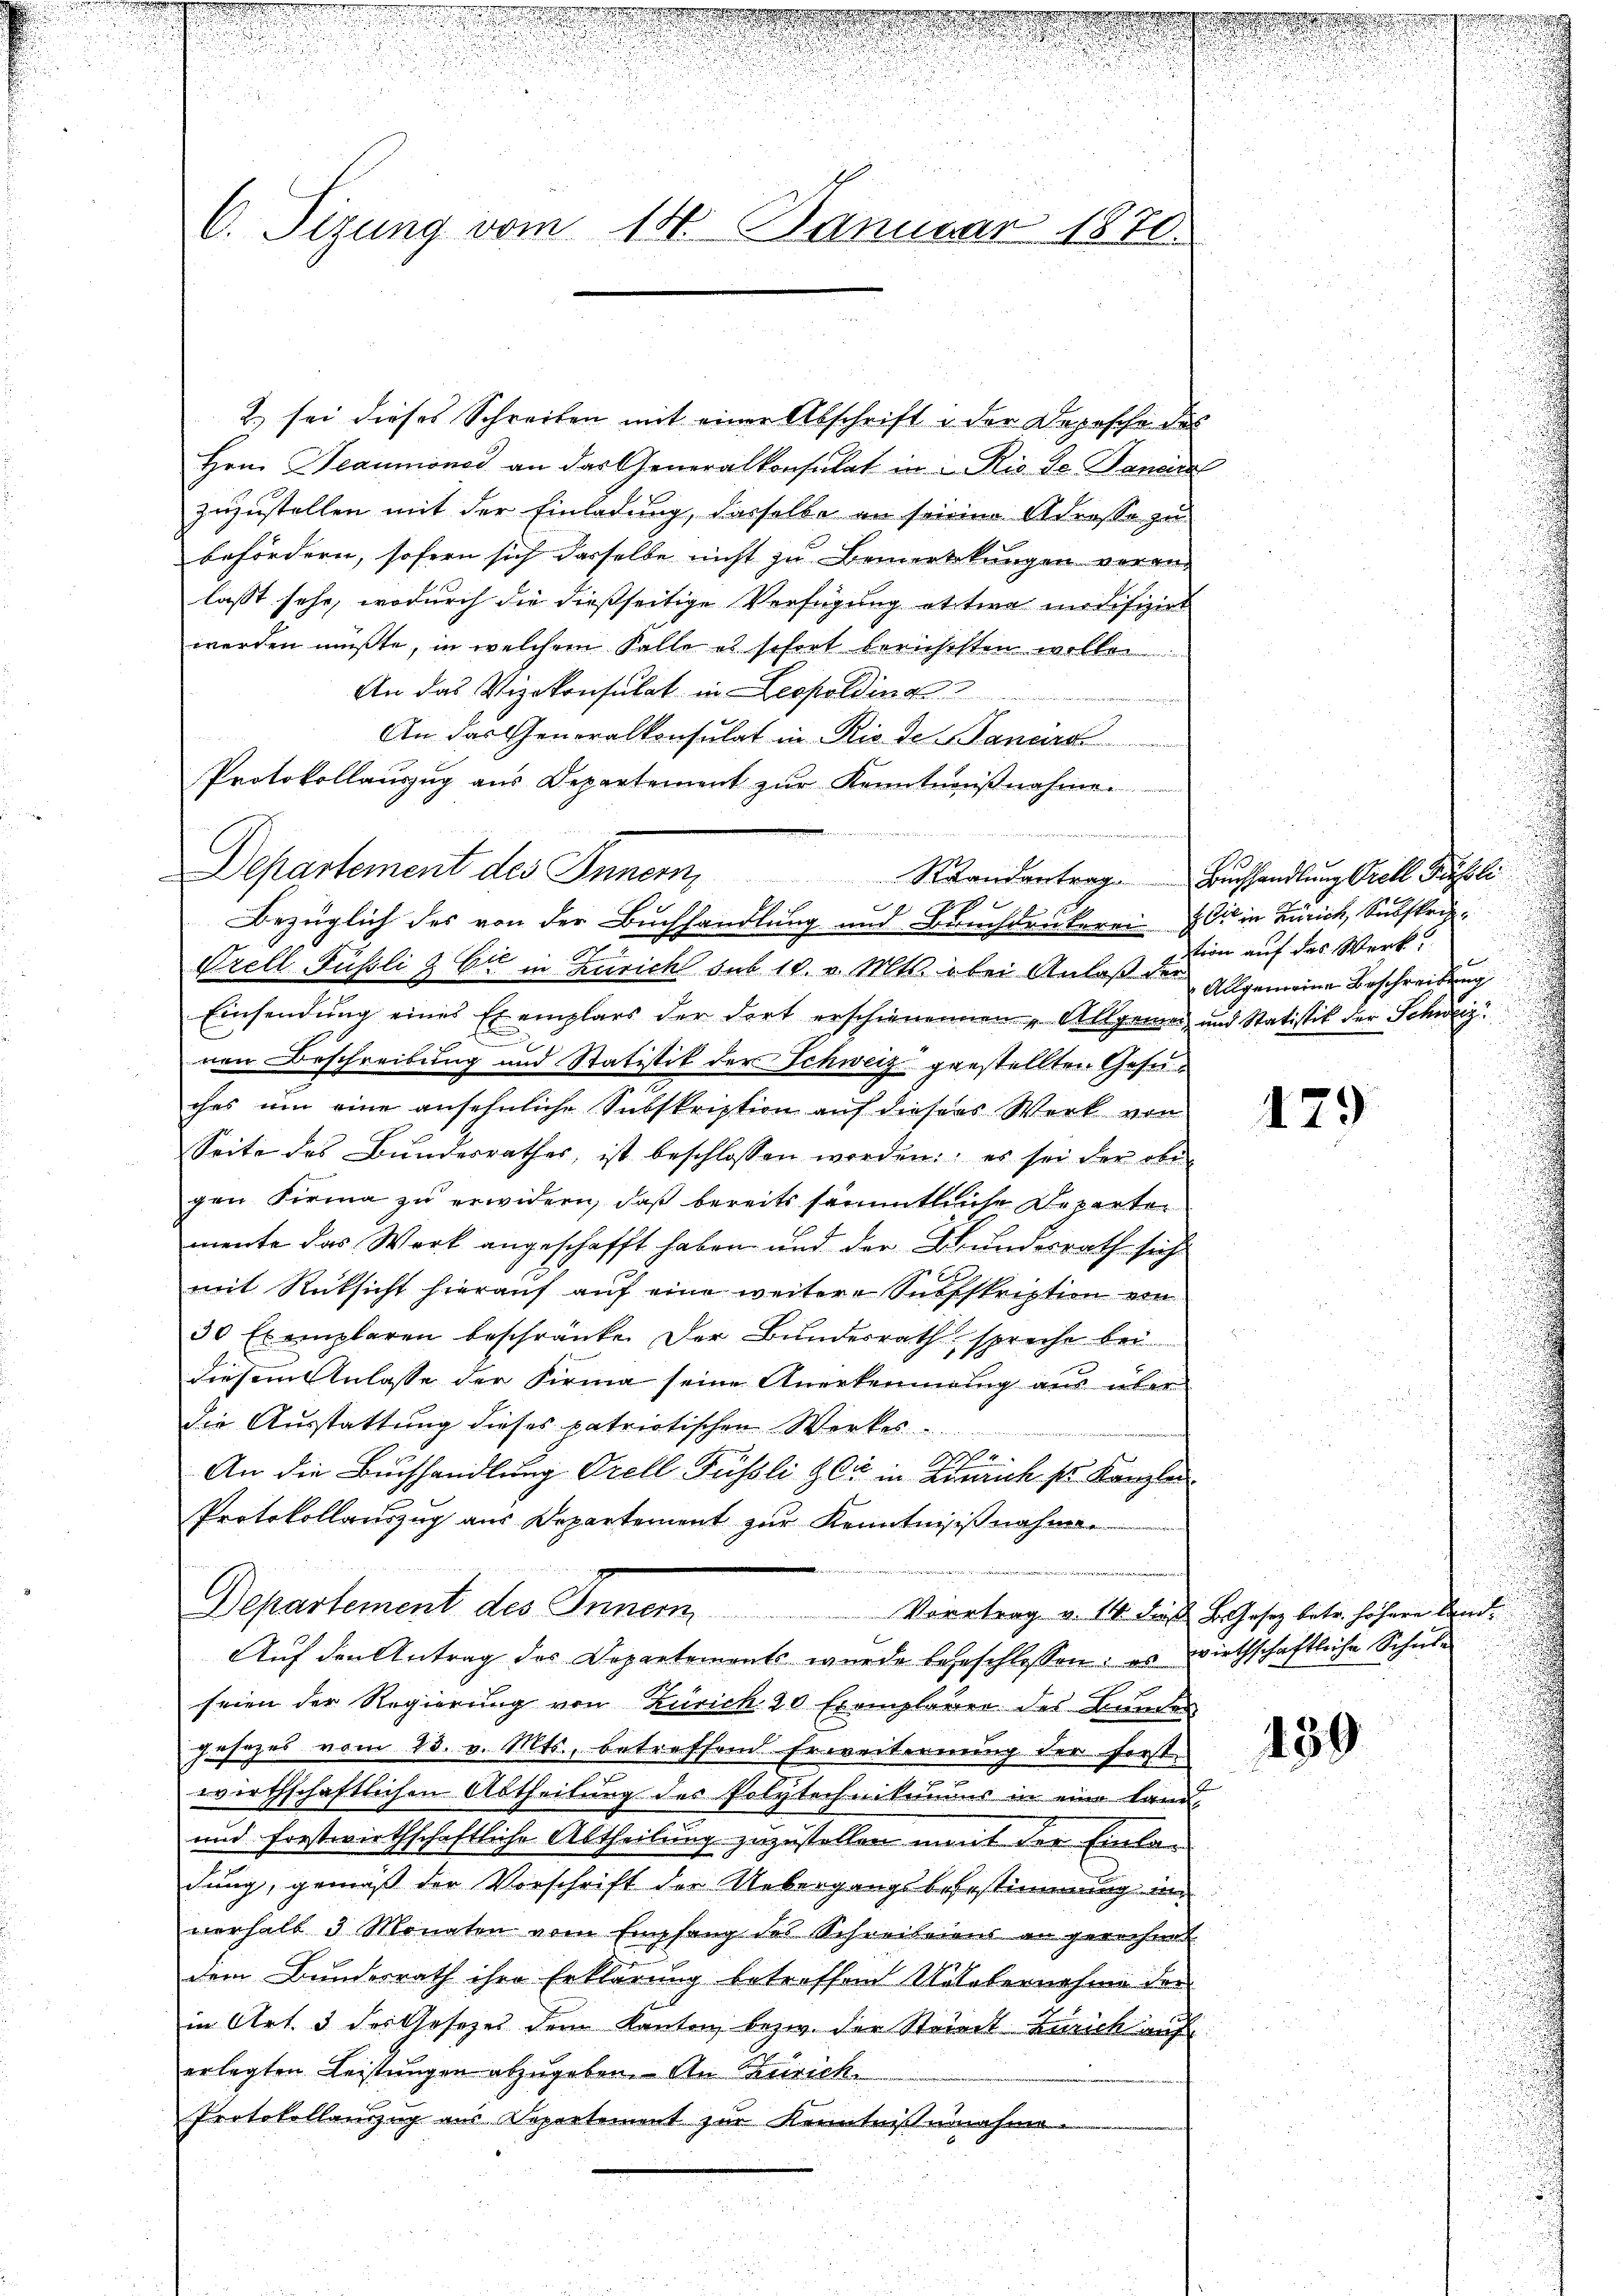
n
d
C. Sizung vom 14. Januar 1876.

An das Generalkonsulat in Rio de Bancis
Protokollauszug aus Departement zŭr Kenntniβnahme.
Departement des Innern, Standentrag. Buchhandlung Orell Sahli
9
Bezüglich des von der Buchhandlung und Buchdrukerei bis in Zürich, Subskrip

2) sei dieses Schreiben mit einer Abschrift in der Deposche des
Hrn. Beaumonas an das Generalkonsulat in 2 Rio de Janein
zuzustellen mit der Einladung, dasselbe an seinen Adresse zu
befördern, sofern sich dasselbe nicht zu Bemerkungen veranlasst sehr, wodurch die dießseitige Verfügung ettwa modifizirt
werden müßte, in welchem Falle es sofort berichsten wollen
An das Vizekonsulat in Leopolding
2
Prell Füssli & Cie in Züricht sub 10. v. Mts. bei Anlaß der Allgemeine Beschreibung
Einsendŭng eines Exemplars der dort erschienennen „Allgemein und Statistik der Schweiz
nen Beschreibung und Statistik der Schweiz gestellten Gesuches um eine ansehnliche Subskription auf diesens Werk von
Seite des Bundesrathes ist beschlossen worden; es sei der obe
gen Firma zu erwidern, daß bereits sämmtliche Reparte
mente das Werk angeschafft haben und der Bundesrath sich
mit Rücksicht hierauf auf eine weitere Subskription von
30 Exemplaren beschränke der Bunderrath spreche bei
diesem Anlasse der Firma seine Anerkennung aus über
die Ausstattung dieses patriotischen Werkes
dhe
An die Buchhandlung Orell Füssli & Cie in Hinrich s Kanzlei
Protokollauszug aus Departement zur Kenntniss nahme
e
Departement des Inner Vortrag v. 14. der L. Gesez betr. höhere Ande
Aŭf den Antrag des Departements wurde begeschlossen: es wirthschaftliche Schŭle
seien der Regierung von Zürich 20 Exemplaren des Bunder
gesezes vom 23. v. Mts., betreffend Erweiternung der fortwirthschaftlichen Abtheilung der Polytechnikums in eine Land-
und frestwirthschaftliche Abtheilung zuzustellen mit der Einladung, gemäß der Vorschrift der Uebergangsbefestimmung in
verhalb 3 Monaten vom Empfang des Schreibeiens an gerechnet
dem Bundesrath ihre Erklärung betreffen Uelebernahme der
in Art. 3 des Gesetzes dem Kanton bezw. der Strick Zürich auf
erlegten Leistungen abzugeben. An Zürich
Protokollauszug aus Departement zur Kenntnißnahme.

tion auf das Werk

479

439